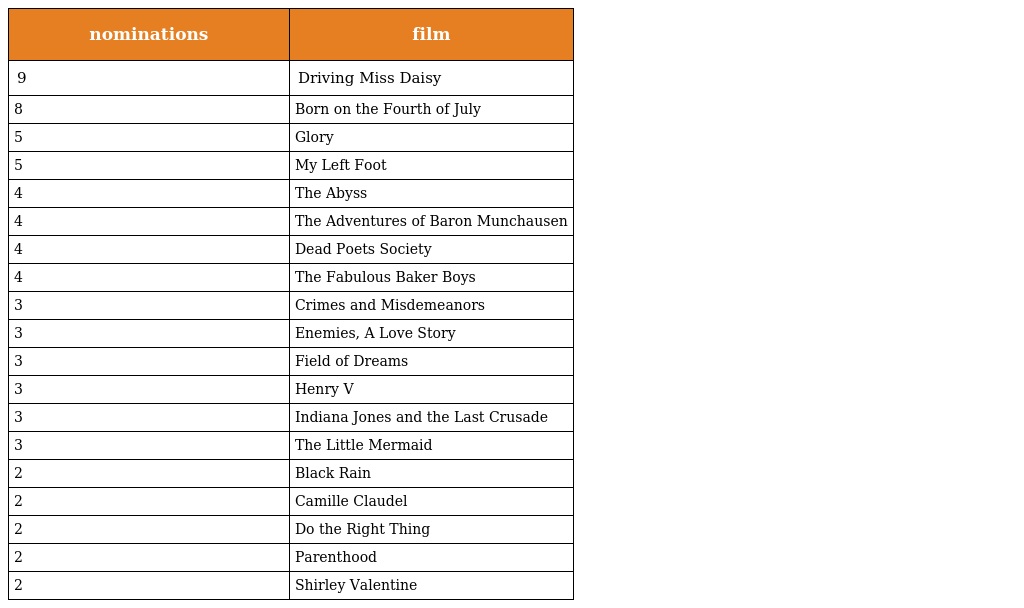
| nominations | film |
 | --- | --- |
 | 9 | Driving Miss Daisy |
 | 8 | Born on the Fourth of July |
 | 5 | Glory |
 | 5 | My Left Foot |
 | 4 | The Abyss |
 | 4 | The Adventures of Baron Munchausen |
 | 4 | Dead Poets Society |
 | 4 | The Fabulous Baker Boys |
 | 3 | Crimes and Misdemeanors |
 | 3 | Enemies, A Love Story |
 | 3 | Field of Dreams |
 | 3 | Henry V |
 | 3 | Indiana Jones and the Last Crusade |
 | 3 | The Little Mermaid |
 | 2 | Black Rain |
 | 2 | Camille Claudel |
 | 2 | Do the Right Thing |
 | 2 | Parenthood |
 | 2 | Shirley Valentine |